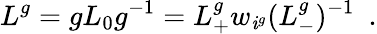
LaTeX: L^{g}=gL_{0}g^{-1}=L_{+}^{g}w_{\mathit{i}^{g}}(L_{-}^{g})^{-1}\ \ .